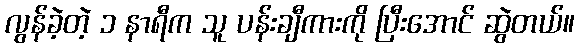
လွန်ခဲ့တဲ့ ၁ နာရီက သူ ပန်းချီကားကို ပြီးအောင် ဆွဲတယ်။